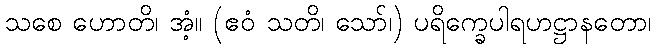
သစေ ဟောတိ၊ အံ့။ (ဧဝံ သတိ၊ သော်၊) ပရိက္ခေပါရဟဋ္ဌာနတော၊